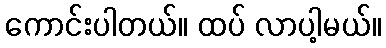
ကောင်းပါတယ်။ ထပ် လာပါ့မယ်။